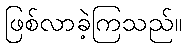
ဖြစ်လာခဲ့ကြသည်။